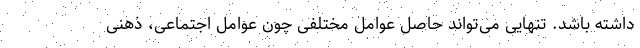
داشته باشد. تنهایی می‌تواند حاصل عوامل مختلفی چون عوامل اجتماعی، ذهنی